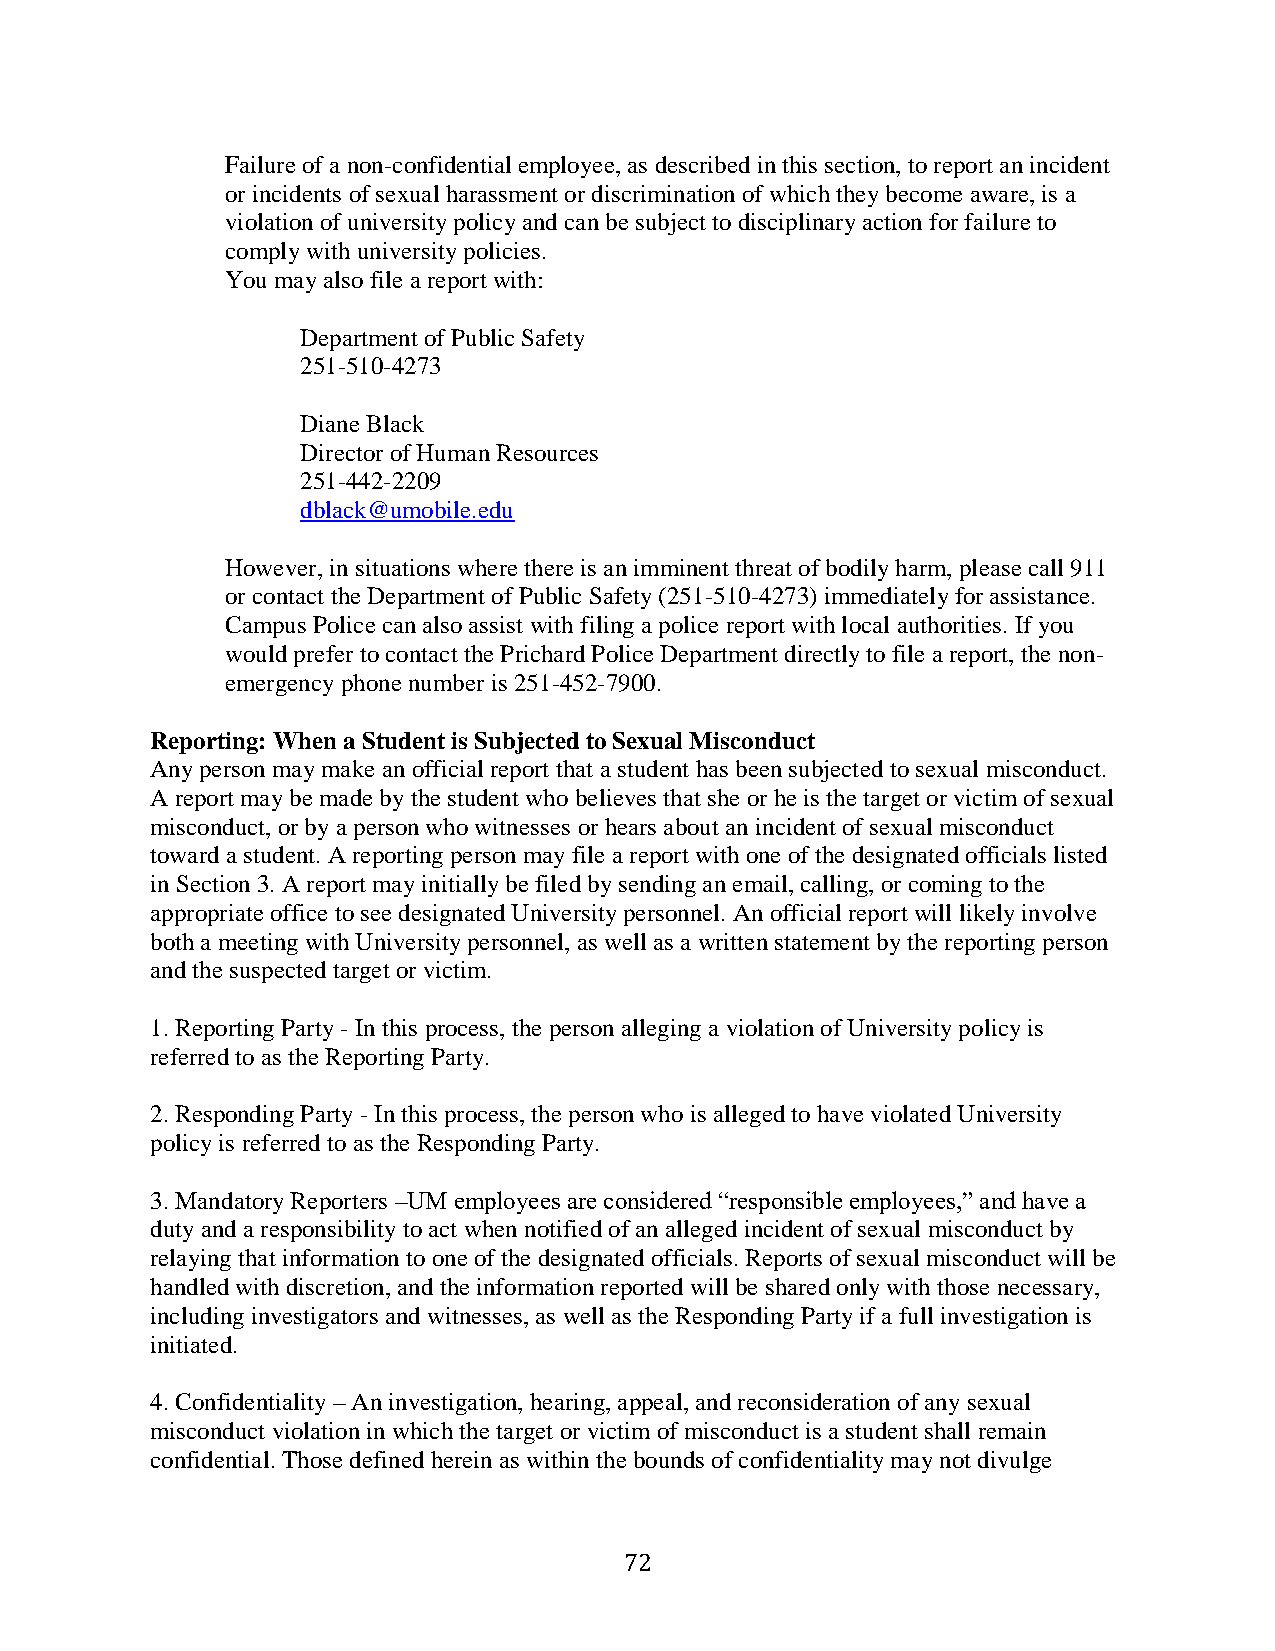
Failure of a non-confidential employee, as described in this section, to report an incident
 or incidents of sexual harassment or discrimination of which they become aware, is a
 violation of university policy and can be subject to disciplinary action for failure to
 comply with university policies.
 You may also file a report with:
 Department of Public Safety
 251-510-4273
 Diane Black
 Director of Human Resources
 251-442-2209
 dblack@umobile.edu
 However, in situations where there is an imminent threat of bodily harm, please call 911
 or contact the Department of Public Safety (251-510-4273) immediately for assistance.
 Campus Police can also assist with filing a police report with local authorities. If you
 would prefer to contact the Prichard Police Department directly to file a report, the non-
 emergency phone number is 251-452-7900.
 Reporting: When a Student is Subjected to Sexual Misconduct
 Any person may make an official report that a student has been subjected to sexual misconduct.
 A report may be made by the student who believes that she or he is the target or victim of sexual
 misconduct, or by a person who witnesses or hears about an incident of sexual misconduct
 toward a student. A reporting person may file a report with one of the designated officials listed
 in Section 3. A report may initially be filed by sending an email, calling, or coming to the
 appropriate office to see designated University personnel. An official report will likely involve
 both a meeting with University personnel, as well as a written statement by the reporting person
 and the suspected target or victim.
 1. Reporting Party - In this process, the person alleging a violation of University policy is
 referred to as the Reporting Party.
 2. Responding Party - In this process, the person who is alleged to have violated University
 policy is referred to as the Responding Party.
 3. Mandatory Reporters –UM employees are considered “responsible employees,” and have a
 duty and a responsibility to act when notified of an alleged incident of sexual misconduct by
 relaying that information to one of the designated officials. Reports of sexual misconduct will be
 handled with discretion, and the information reported will be shared only with those necessary,
 including investigators and witnesses, as well as the Responding Party if a full investigation is
 initiated.
 4. Confidentiality – An investigation, hearing, appeal, and reconsideration of any sexual
 misconduct violation in which the target or victim of misconduct is a student shall remain
 confidential. Those defined herein as within the bounds of confidentiality may not divulge
 72